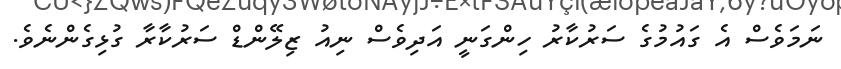
ނަމަވެސް އެ ގައުމުގެ ސަރުކާރު ހިންގަނީ އަދިވެސް ނިއު ޒިލޭންޑް ސަރުކާރާ ގުޅިގެންނެވެ.